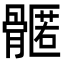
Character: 𮪳